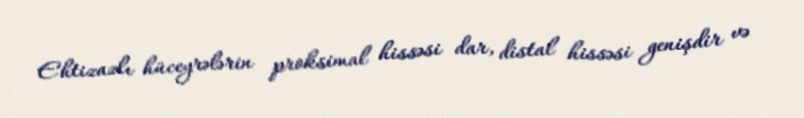
Ehtizazlı hüceyrələrin proksimal hissəsi dar, distal hissəsi genişdir və